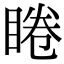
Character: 睠